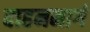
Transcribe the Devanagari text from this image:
वाहनमार्ग